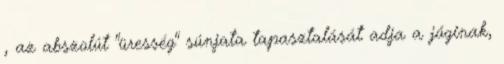
, az abszolút "üresség" súnjata tapasztalását adja a jóginak,